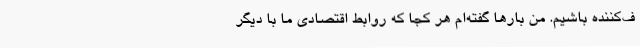
ف‌کننده باشیم. من بارها گفته‌ام هر کجا که روابط اقتصادی ما با دیگر